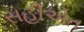
સહીએત